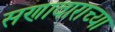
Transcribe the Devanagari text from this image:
सणावाराच्या